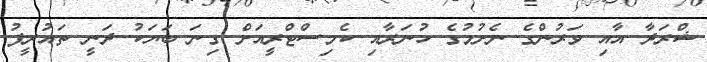
ޝްރަދާ އާއި ވަރުންގެ ނެށުމުގެ ހުނަރާއި ކެމިސްޓްރީއަށް ގިނަ ބަޔަކު ދަނީ ތައުރީފު